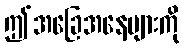
ဤအခြေအနေများကို